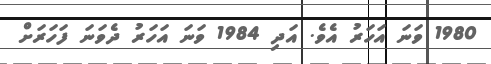
1980 ވަނަ އަހަރު އެވެ. އަދި 1984 ވަނަ އަހަރު ދެވަނަ ފަހަރަށް